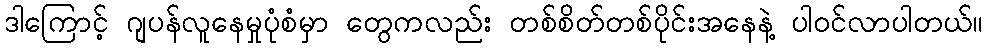
ဒါကြောင့် ဂျပန်လူနေမှုပုံစံမှာ တွေကလည်း တစ်စိတ်တစ်ပိုင်းအနေနဲ့ ပါဝင်လာပါတယ်။